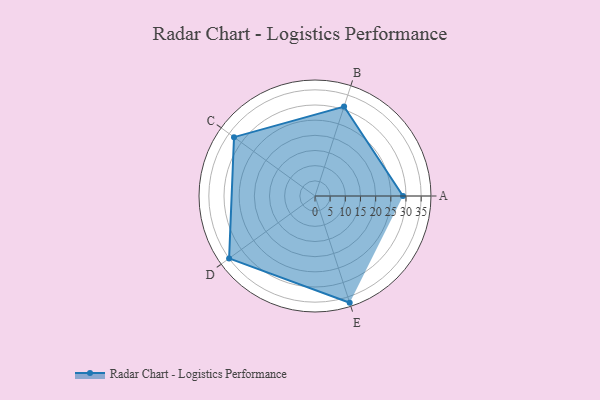
{"axis": {"x": "Skill", "y": "Score"}, "legend": ["Profile"], "data": [{"x": "A", "y": 29.0, "type": "Profile"}, {"x": "B", "y": 31.0, "type": "Profile"}, {"x": "C", "y": 33.0, "type": "Profile"}, {"x": "D", "y": 35.0, "type": "Profile"}, {"x": "E", "y": 37.0, "type": "Profile"}]}